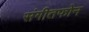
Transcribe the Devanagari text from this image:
संगीतफोन